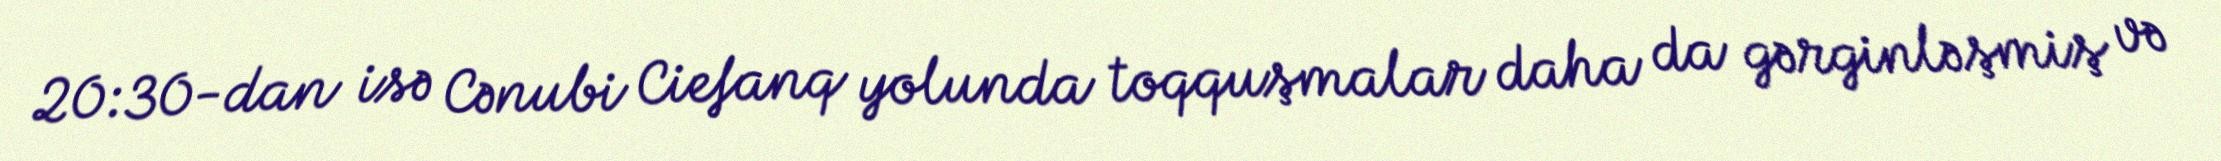
20:30-dan isə Cənubi Ciefanq yolunda toqquşmalar daha da gərginləşmiş və